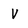
Character: V